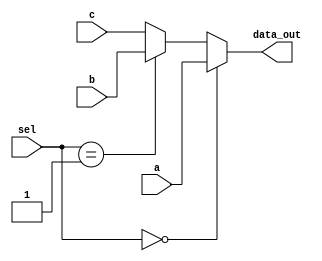
`timescale 1ns / 1ps

module Mux3(input [63:0] a,
	input [63:0] b,
	input [63:0] c,
	input  [1:0] sel,
		
	output reg [63:0]data_out
    );
     always @ (*)
    begin
        if (sel == 2'b00)
            data_out = a;
        else if (sel == 2'b01)
            data_out = b;
        else
            data_out = c;
    end

endmodule